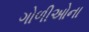
ગોળીઓના